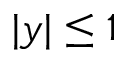
| y | \le 1